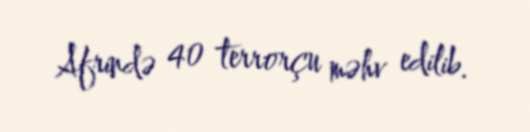
Afrində 40 terrorçu məhv edilib.